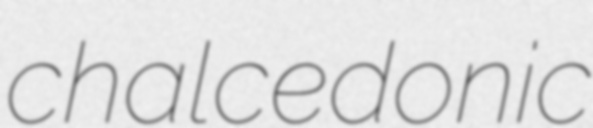
chalcedonic